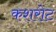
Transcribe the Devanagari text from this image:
कशरोट